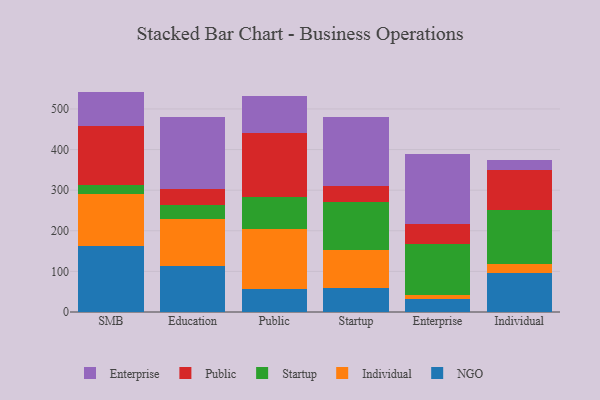
{"axis": {"x": "Segment", "y": "Operating Costs (USD K)"}, "legend": ["Enterprise", "Individual", "NGO", "Public", "Startup"], "data": [{"x": "SMB", "y": 161.6, "type": "NGO"}, {"x": "SMB", "y": 129.9, "type": "Individual"}, {"x": "SMB", "y": 22.0, "type": "Startup"}, {"x": "SMB", "y": 145.5, "type": "Public"}, {"x": "SMB", "y": 83.7, "type": "Enterprise"}, {"x": "Education", "y": 114.4, "type": "NGO"}, {"x": "Education", "y": 115.7, "type": "Individual"}, {"x": "Education", "y": 33.4, "type": "Startup"}, {"x": "Education", "y": 40.2, "type": "Public"}, {"x": "Education", "y": 176.3, "type": "Enterprise"}, {"x": "Public", "y": 56.6, "type": "NGO"}, {"x": "Public", "y": 148.9, "type": "Individual"}, {"x": "Public", "y": 77.3, "type": "Startup"}, {"x": "Public", "y": 158.9, "type": "Public"}, {"x": "Public", "y": 90.8, "type": "Enterprise"}, {"x": "Startup", "y": 58.9, "type": "NGO"}, {"x": "Startup", "y": 95.0, "type": "Individual"}, {"x": "Startup", "y": 116.8, "type": "Startup"}, {"x": "Startup", "y": 39.7, "type": "Public"}, {"x": "Startup", "y": 169.1, "type": "Enterprise"}, {"x": "Enterprise", "y": 32.0, "type": "NGO"}, {"x": "Enterprise", "y": 10.5, "type": "Individual"}, {"x": "Enterprise", "y": 125.1, "type": "Startup"}, {"x": "Enterprise", "y": 50.1, "type": "Public"}, {"x": "Enterprise", "y": 171.1, "type": "Enterprise"}, {"x": "Individual", "y": 96.9, "type": "NGO"}, {"x": "Individual", "y": 21.8, "type": "Individual"}, {"x": "Individual", "y": 131.9, "type": "Startup"}, {"x": "Individual", "y": 100.2, "type": "Public"}, {"x": "Individual", "y": 24.3, "type": "Enterprise"}]}